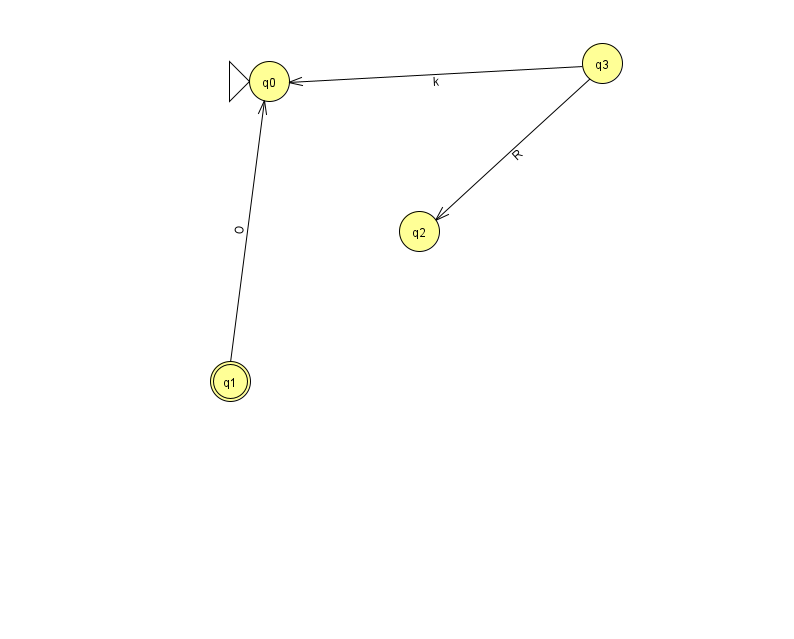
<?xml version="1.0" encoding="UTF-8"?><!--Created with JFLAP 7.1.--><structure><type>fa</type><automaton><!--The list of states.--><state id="0" name="q0"><x>269.0</x><y>68.0</y><initial/></state><state id="1" name="q1"><x>230.0</x><y>368.0</y><final/></state><state id="2" name="q2"><x>419.0</x><y>218.0</y></state><state id="3" name="q3"><x>602.0</x><y>50.0</y></state><!--The list of transitions.--><transition><from>3</from><to>2</to><read>R</read></transition><transition><from>1</from><to>0</to><read>O</read></transition><transition><from>3</from><to>0</to><read>k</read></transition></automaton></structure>